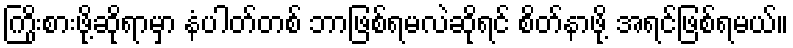
ကြိုးစားဖို့ဆိုရာမှာ နံပါတ်တစ် ဘာဖြစ်ရမလဲဆိုရင် စိတ်နာဖို့ အရင်ဖြစ်ရမယ်။